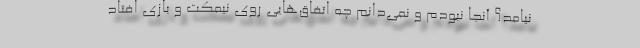
نیامد؟ آنجا نبودم و نمی‌دانم چه اتفاق‌هایی روی نیمکت و بازی افتاد